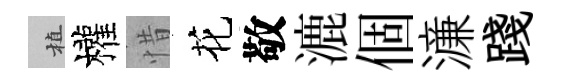
植權惜花敬漉個濓踐